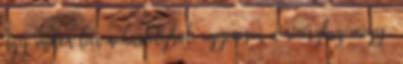
Így mikor leér a kastélyból, egyenesen a révészhez megy,